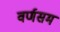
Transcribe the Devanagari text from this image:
वर्णसम